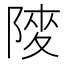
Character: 𨺶